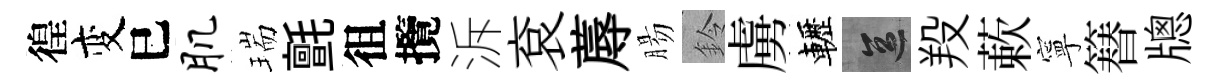
徨变巳肌瑞氈徂攬泝袞蓐腸鈴虜轣區羖蔌寧簮牕